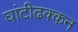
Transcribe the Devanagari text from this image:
घांटीढक्कन